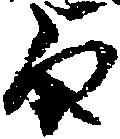
旨